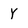
Character: Y